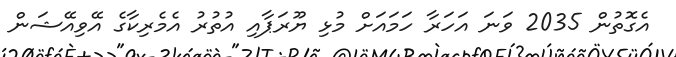
އެގޮތުން 2035 ވަނަ އަހަރާ ހަމައަށް މުޅި ޔޫރަޕާއި އުތުރު އެމެރިކާގެ އޭވިއޭޝަން